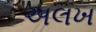
અલખ